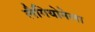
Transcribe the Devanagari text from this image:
लैगियोनेला